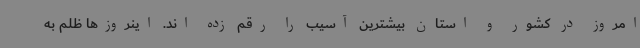
امروز در کشور و استان بیشترین آسیب را رقم زده اند. اینروزها ظلم به